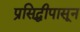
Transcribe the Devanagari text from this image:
प्रसिद्धीपासून